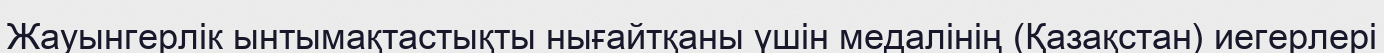
Жауынгерлік ынтымақтастықты нығайтқаны үшін медалінің (Қазақстан) иегерлері